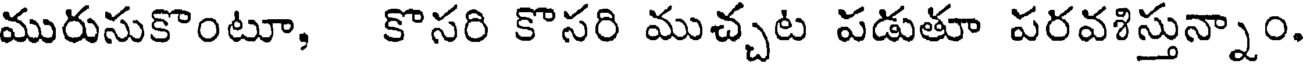
మురుసుకొంటూ, కొసరి కొసరి ముచ్చట పడుతూ పరవశిస్తున్నాం.